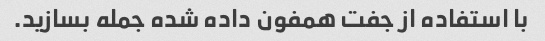
با استفاده از جفت همفون داده شده جمله بسازید.